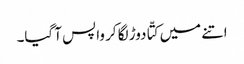
اتنے میں کتّا دوڑ لگا کر واپس آ گیا۔